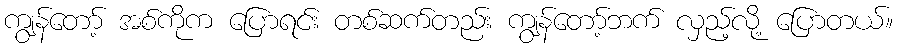
ကျွန်တော့် အစ်ကိုက ပြောရင်း တစ်ဆက်တည်း ကျွန်တော့်ဘက် လှည့်လို့ ပြောတယ်။